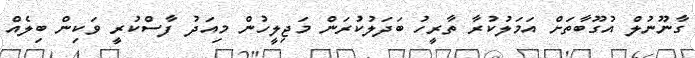
ގާނޫނުލް އުގޫބާތަށް އަމަލުކުރާ ތާރީހު ބަދަލުކުރަން މަޖިލީހުން މިއަދު ފާސްކުރީ ވަކިން ބިލެއް